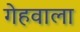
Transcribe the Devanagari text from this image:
गेहवाला